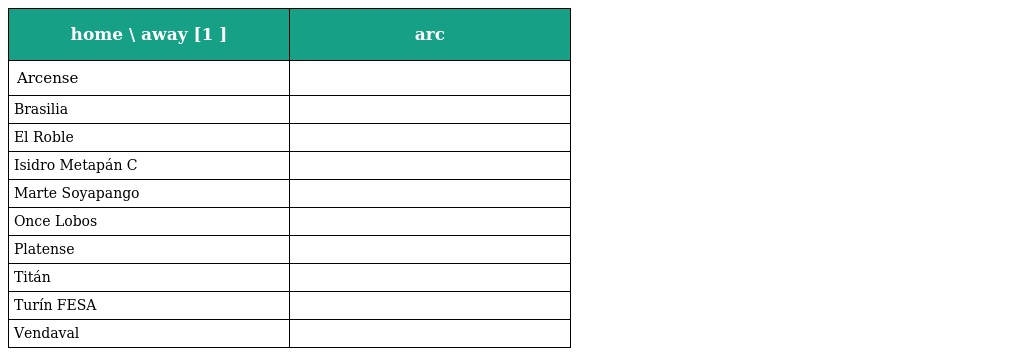
| home \ away [1 ] | arc |
 | --- | --- |
 | Arcense |  |
 | Brasilia |  |
 | El Roble |  |
 | Isidro Metapán C |  |
 | Marte Soyapango |  |
 | Once Lobos |  |
 | Platense |  |
 | Titán |  |
 | Turín FESA |  |
 | Vendaval |  |